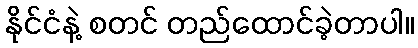
နိုင်ငံနဲ့ စတင် တည်ထောင်ခဲ့တာပါ။